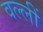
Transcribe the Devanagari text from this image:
वल्लीं